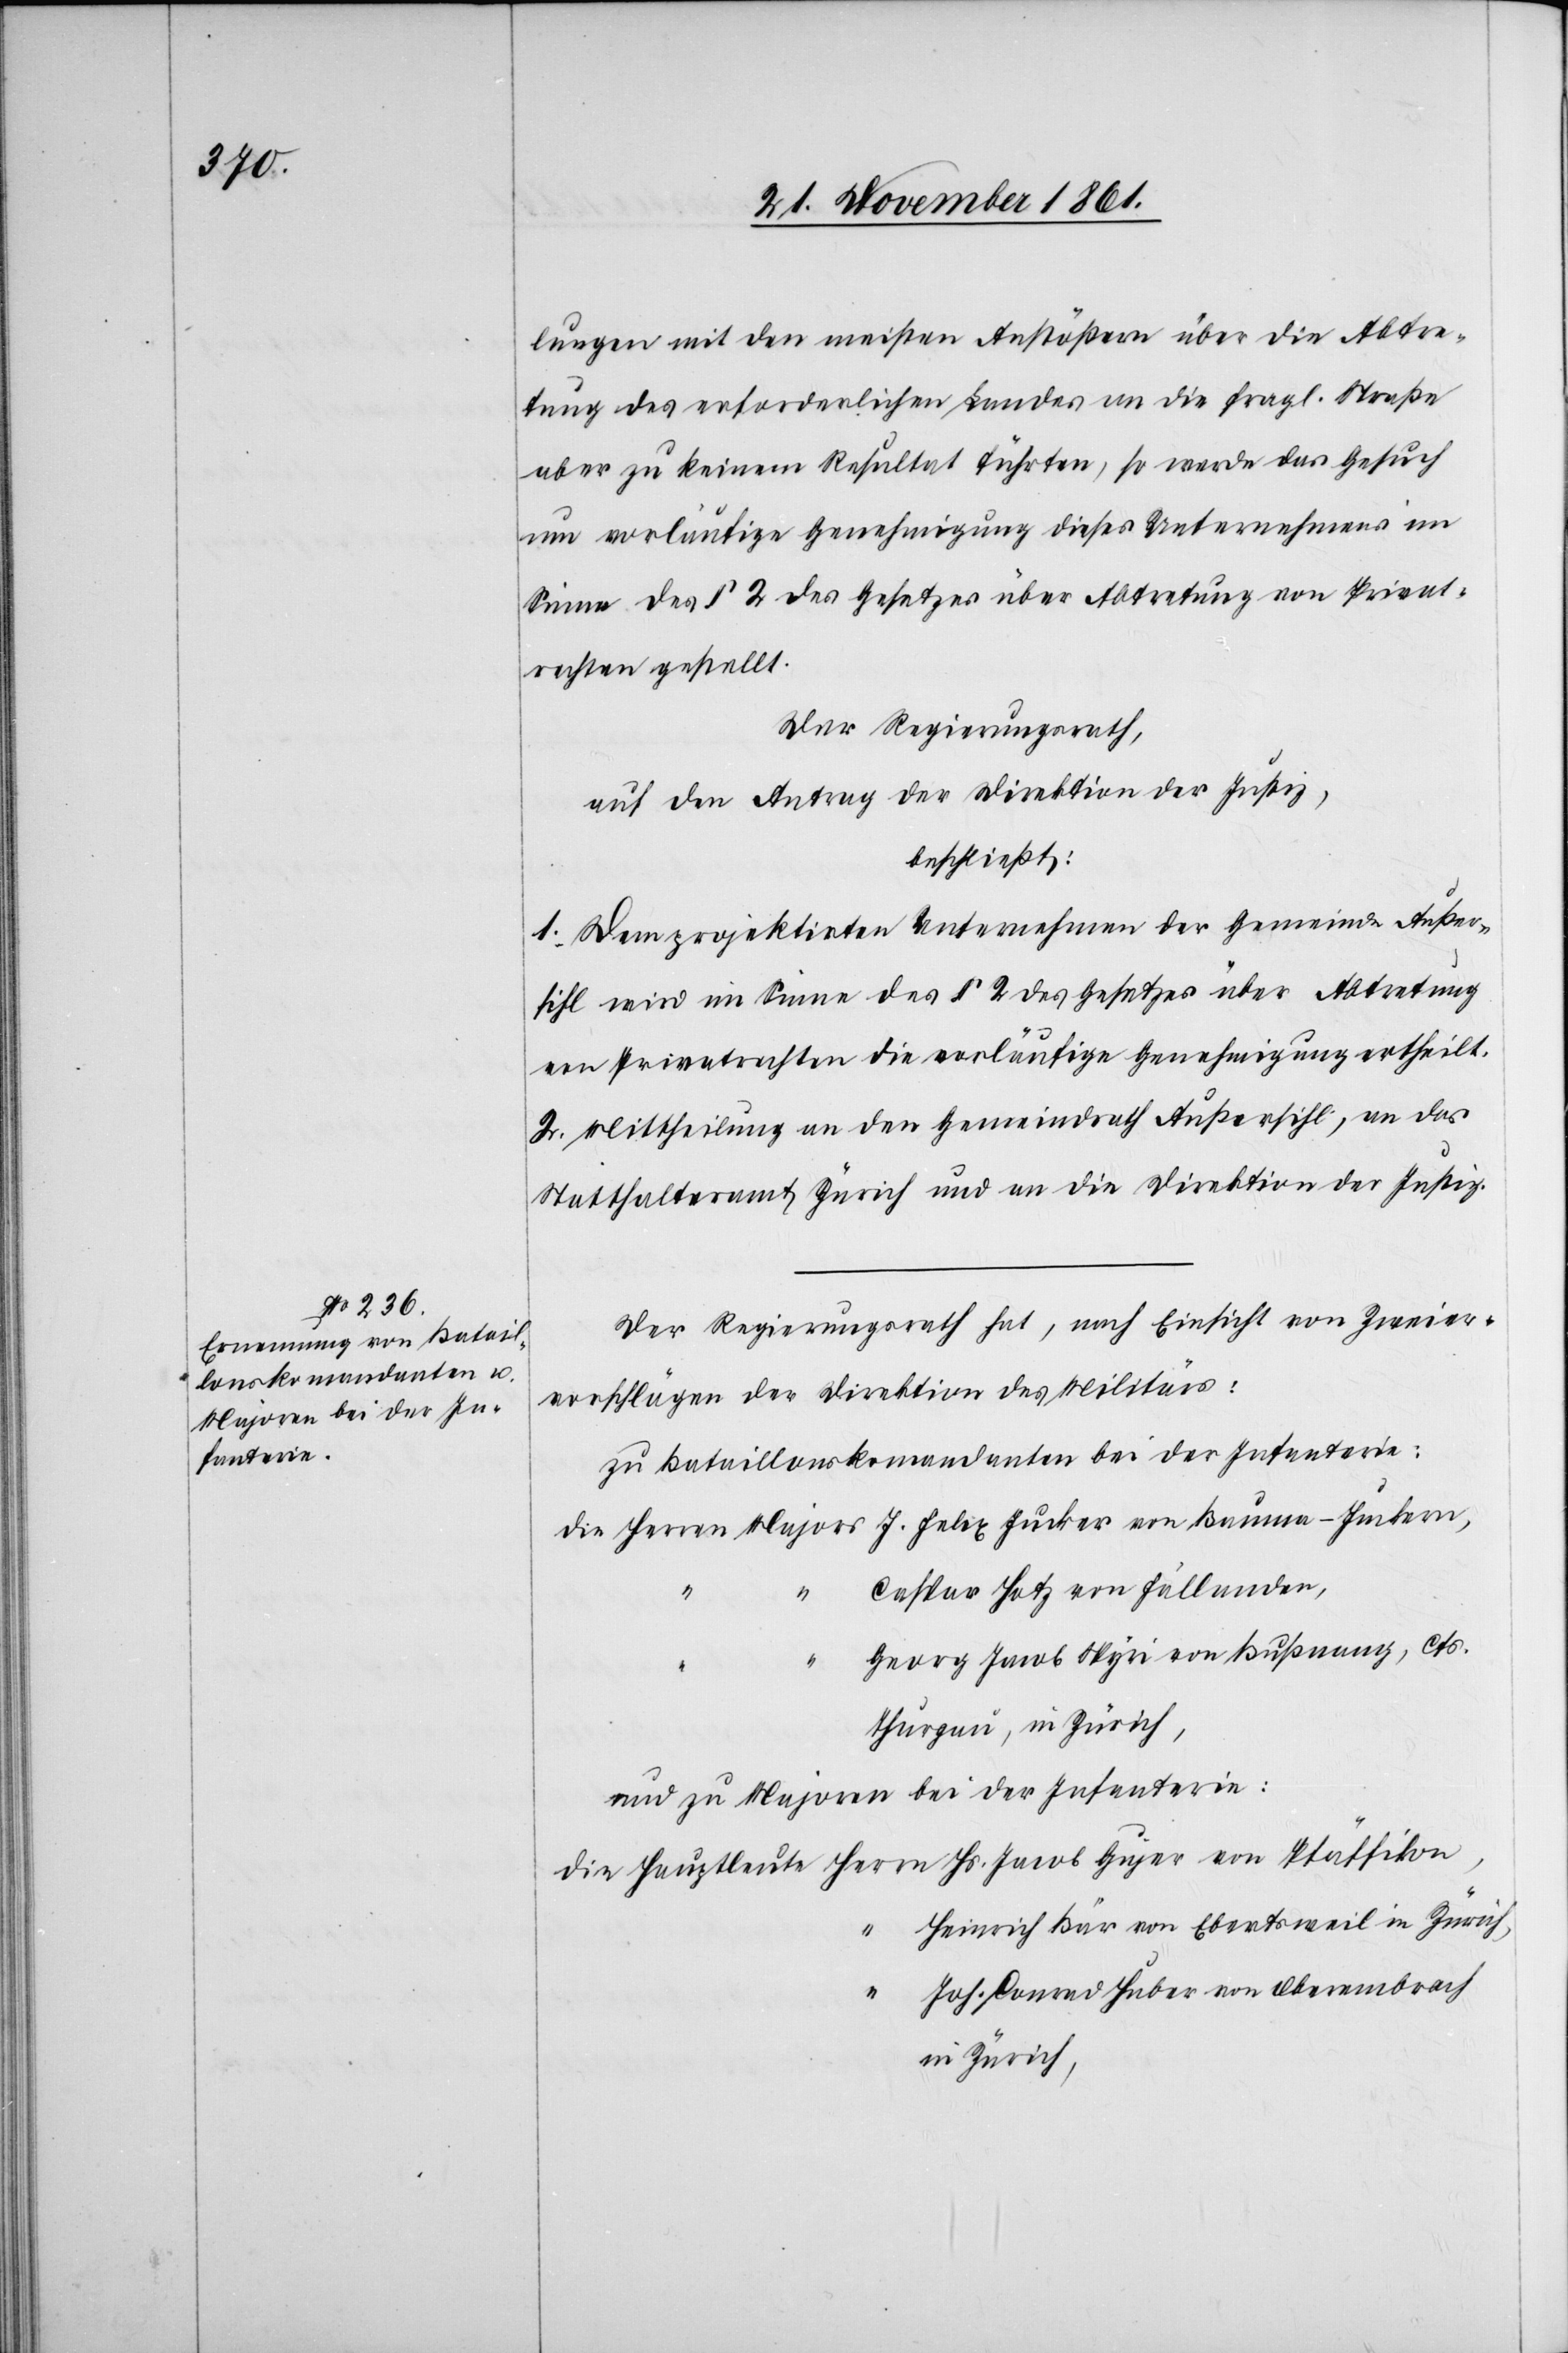
lungen mit den meisten Anstößern über die Abtre¬
tung des erforderlichen Landes an die fragl. Straße
aber zu keinem Resultat führten, so werde das Gesuch
um vorläufige Genehmigung dieses Unternehmens im
Sinne des § 2 des Gesetzes über Abtretung von Privat¬
rechten gestellt.
Der Regierungsrath,
auf den Antrag der Direktion der Justiz,
beschließt:
1. Dem projektirten Unternehmen der Gemeinde Außer¬
sihl wird im Sinne des § 2 des Gesetzes über Abtretung
von Privatrechten die vorläufige Genehmigung ertheilt.
2. Mittheilung an den Gemeindrath Außersihl, an das
Statthalteramt Zürich und an die Direktion der Justiz.
Der Regierungsrath hat, nach Einsicht von Zweier¬
vorschlägen der Direktion des Militärs:
zu Bataillonskommandanten bei der Infanterie:
Caspar Hotz von Fällanden,
“
Georg Jacob Spyri von Bußnang, Cts.
Thurgau, in Zürich,
und zu Majoren bei der Infanterie:
Heinrich Bär von Ebertsweil in Zürich,
Joh. Conrad Huber von Oberembrach
in Zürich,